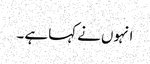
انہوں نے کہا ہے ۔